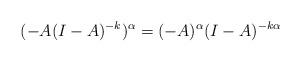
LaTeX: \begin{align*}(-A(I-A)^{-k})^{\alpha} = (-A)^{\alpha}(I-A)^{-k\alpha}\end{align*}